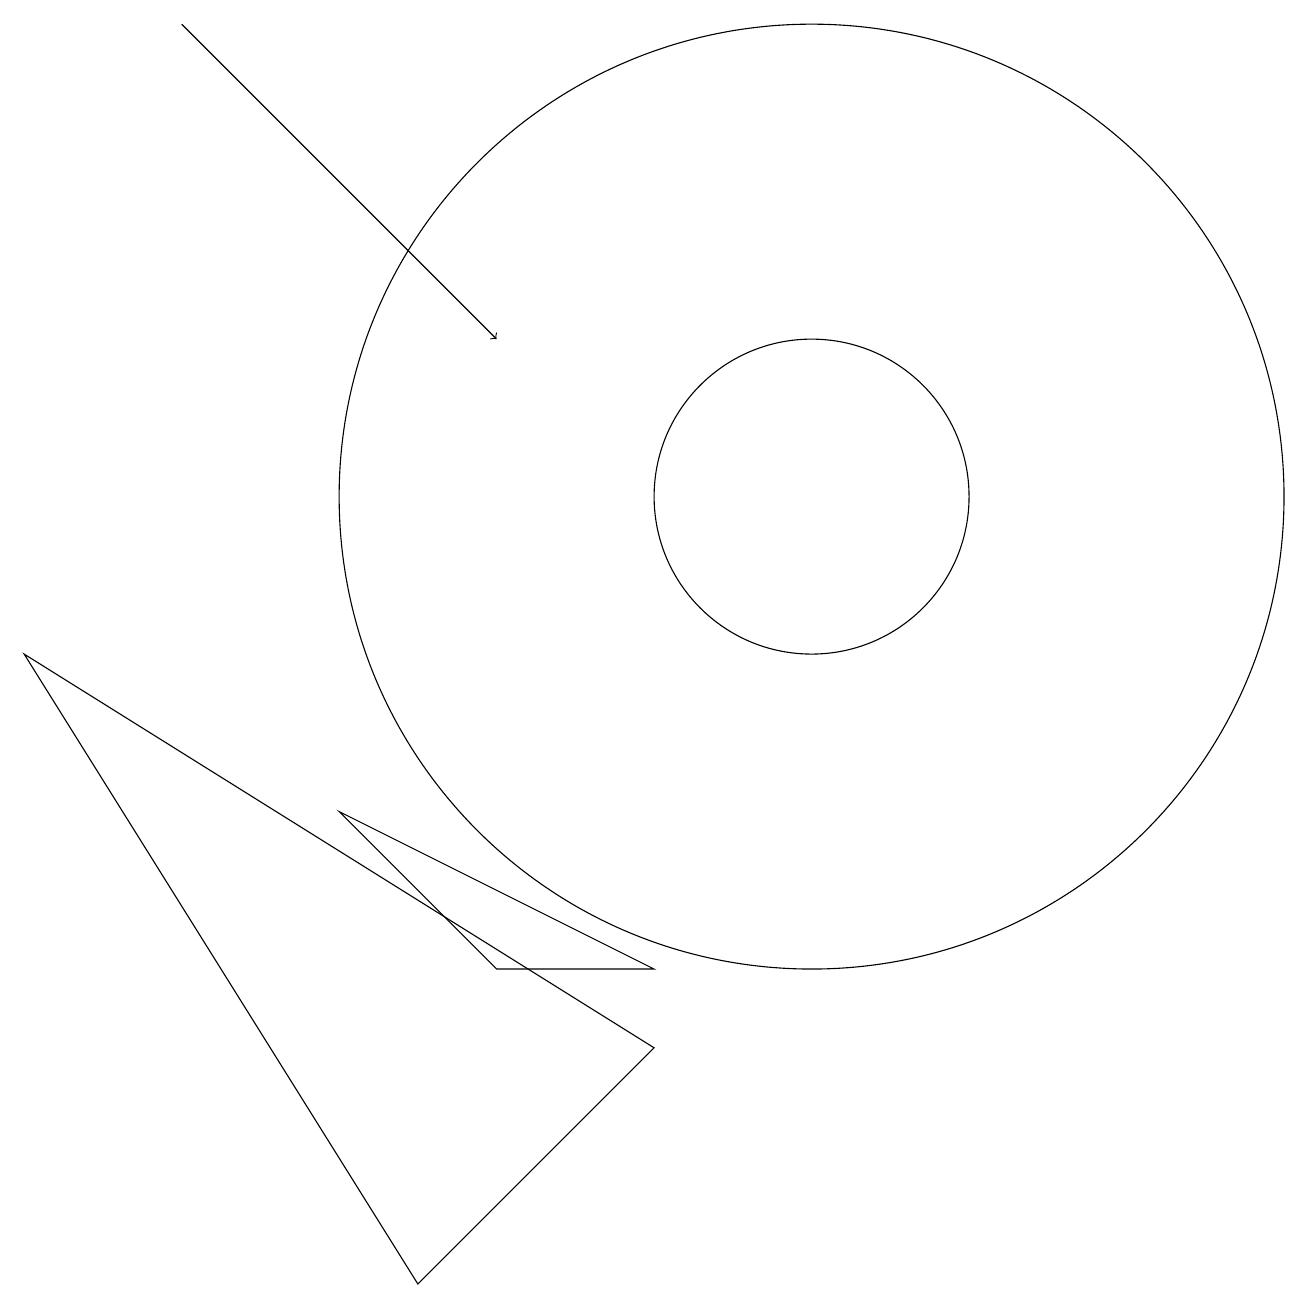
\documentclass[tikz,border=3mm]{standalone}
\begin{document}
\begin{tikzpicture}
\draw (4,6) -- (8,4) -- (6,4) -- cycle;
\draw (10,10) circle (2);
\draw (0,8) -- (5,0) -- (8,3) -- cycle;
\draw (10,10) circle (6);
\draw[->] (2,16) -- (6,12);
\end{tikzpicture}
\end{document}